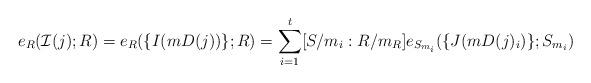
LaTeX: \begin{align*}e_R(\mathcal I(j);R)=e_R(\{I(mD(j))\};R)=\sum_{i=1}^t[S/m_i:R/m_R]e_{S_{m_i}}(\{J(mD(j)_i)\};S_{m_i})\end{align*}